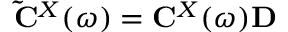
\mathbf { \tilde { C } } ^ { X } \mathbf { ( } \omega \mathbf { ) } = \mathbf { C } ^ { X } \mathbf { \mathbf { ( } } \omega ) \mathbf { D }